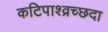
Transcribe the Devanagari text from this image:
कटिपाश्व्रच्छदा